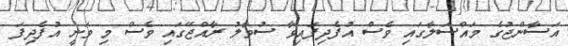
އަސާންޖުގެ މައްސަލާގައި ވެސް އުފެދިފައިވާ ސުވާލު ރާއްޖޭގައި ވެސް މި ވަނީ އުފެދިފަ